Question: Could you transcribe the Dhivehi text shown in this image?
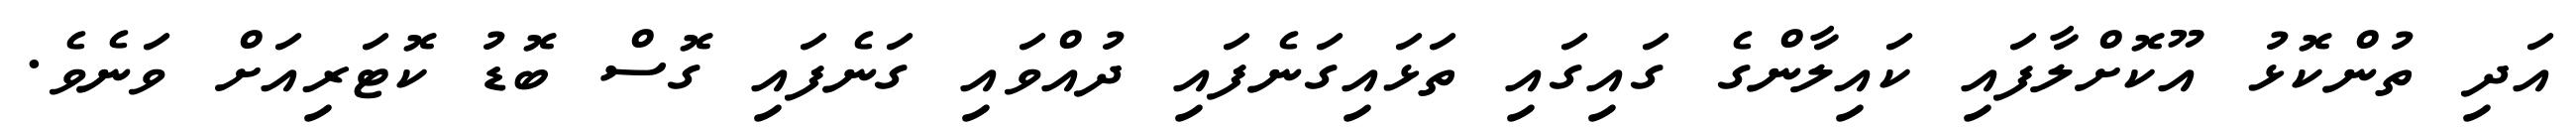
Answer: އަދި ތުންކޮޅު އޫކޮށްލާފައި ކައިލާންގެ ގައިގައި ތަޅައިގަނެފައި ދުއްވައި ގަނެފައި ގޮސް ބޮޑު ކޮޓަރިއަށް ވަނެވެ.